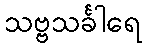
သဗ္ဗသင်္ခါရေ